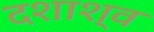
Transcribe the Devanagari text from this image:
दशाश्व